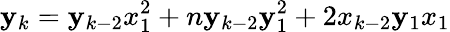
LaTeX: \mathbf{y}_{k}=\mathbf{y}_{k-2}x_{1}^{2}+n\mathbf{y}_{k-2}\mathbf{y}_{1}^{2}+2x_{k-2}\mathbf{y}_{1}x_{1}